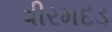
વીરમદડ